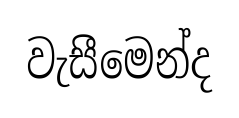
වැසීමෙන්ද